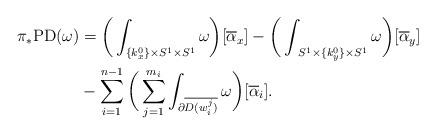
LaTeX: \begin{align*}\pi_*\mathrm{PD}(\omega)&= \bigg( \int_{\{ k^0_x \} \times S^1 \times S^1} \omega \bigg) [\overline{\alpha}_x]- \bigg( \int_{\ S^1 \times \{ k^0_y \} \times S^1} \omega \bigg) [\overline{\alpha}_y]\\&- \sum_{i = 1}^{n-1} \bigg( \sum_{j = 1}^{m_i} \int_{\partial \overline{D(w_i^j)}} \omega \bigg) [\overline{\alpha}_i].\end{align*}